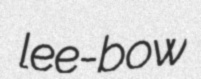
lee-bow